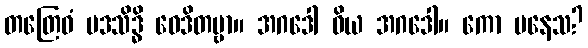
တတြေဝံ ပဒသိဒ္ဓိ ဝေဒိတဗ္ဗာ။ အဂဒေါ ဝိယ အဂဒေါ။ ကော ပနေသ?